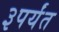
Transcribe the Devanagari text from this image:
३पर्यंत